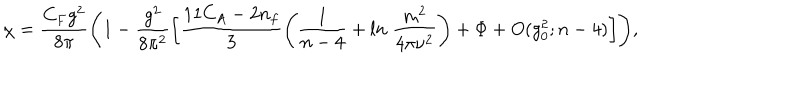
\chi = \frac { C _ { F } g ^ { 2 } } { 8 \pi } \Biggl ( 1 - \frac { g ^ { 2 } } { 8 \pi ^ { 2 } } \biggl [ \frac { 1 1 C _ { A } - 2 n _ { f } } { 3 } \Biggl ( \frac { 1 } { n - 4 } + l n \; \frac { m ^ { 2 } } { 4 \pi \nu ^ { 2 } } \Biggr ) + \Phi + O ( g _ { 0 } ^ { 2 } ; n - 4 ) \biggr ] \Biggr ) ,